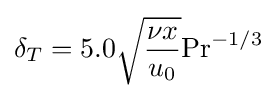
\delta _{T}=5.0{}{\sqrt {{\nu x} \over u_{0}}}\mathrm {Pr} ^{-1/3}